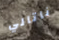
ناتالي